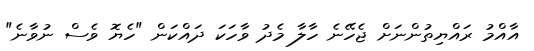
އާއްމު ރައްޔިތުންނަށް ޖެހޭނެ ހާލާ މެދު ވާހަކަ ދައްކަން "ހެޔޮ ވެސް ނުވާނެ"